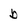
Character: b